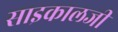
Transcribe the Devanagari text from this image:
साइकालजी